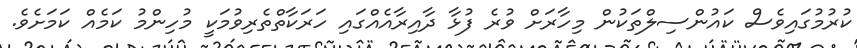
ކުރުމުގައިވެސް ކައުންސިލްތަކުން މިހާރަށް ވުރެ ފުޅާ ދާއިރާއެއްގައި ހަރަކާތްތެރިވުމަކީ މުހިންމު ކަމެއް ކަމަށެވެ.